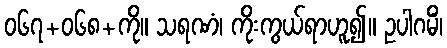
၀၆၇+၀၆၈+ကို။ သရဏံ၊ ကိုးကွယ်ရာဟူ၍။ ဥပါဂမိံ၊